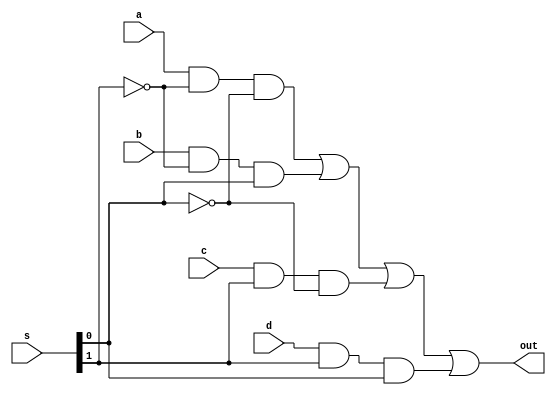
//Mux de cuatro entradas con 2 bits de seleccin
module mux4_1(output wire out, input wire a, b, c, d, input wire [1:0]s);

//Declaracin de conexiones internas
wire  n0o, n1o, a0o, a1o, a2o, a3o;

//Instancias de puertas y sus conexiones
not not0 (n0o, s[0]);
not not1 (n1o, s[1]);
and and0 (a0o, a, n1o,  n0o);
and and1 (a1o, b, n1o,  s[0]);
and and2 (a2o, c, s[1], n0o);
and and3 (a3o, d, s[1], s[0]);
or or0 (out, a0o, a1o, a2o, a3o);

endmodule